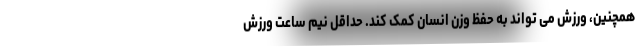
همچنین، ورزش می تواند به حفظ وزن انسان کمک کند. حداقل نیم ساعت ورزش